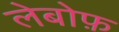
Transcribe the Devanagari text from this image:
लेबोफ़